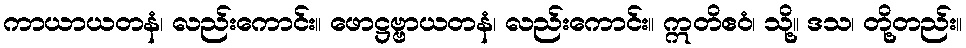
ကာယာယတနံ၊ လည်းကောင်း။ ဖောဋ္ဌဗ္ဗာယတနံ၊ လည်းကောင်း။ ဣတိဧဝံ၊ သို့။ ဒသ၊ တို့တည်း။